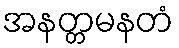
အနတ္တမနတံ